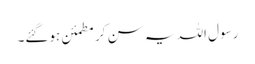
رسول اللہ یہ سن کر مطمئن ہوگئے۔